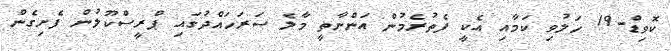
ކޮވިޑް-19 ހަލުވި ކަމާއި އެކީ ފެތުރެމުން އަންނާތީ މާލެ ސަރަހައްދުގައި ޕްރީސްކޫލުން ފެށިގެން